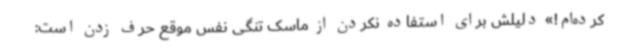
کرده‌ام!» دلیلش برای استفاده نکردن از ماسک تنگی نفس موقع حرف زدن است: